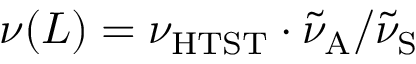
\nu ( L ) = \nu _ { \mathrm { H T S T } } \cdot \tilde { \nu } _ { \mathrm { A } } / { \tilde { \nu } _ { \mathrm { S } } }